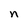
Character: n